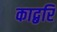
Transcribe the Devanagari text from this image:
काद्बरि